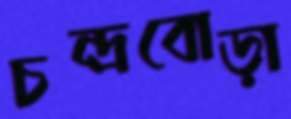
চন্দ্রবোড়া